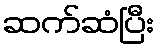
ဆက်ဆံပြီး